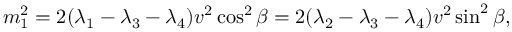
m _ { 1 } ^ { 2 } = 2 ( \lambda _ { 1 } - \lambda _ { 3 } - \lambda _ { 4 } ) v ^ { 2 } \cos ^ { 2 } \beta = 2 ( \lambda _ { 2 } - \lambda _ { 3 } - \lambda _ { 4 } ) v ^ { 2 } \sin ^ { 2 } \beta ,